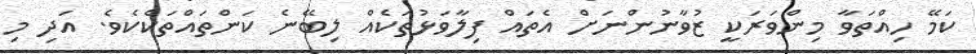
ކަމޭ ހިއްތަވާ މިންވަރަކީ ޒުވާނުންނަށް އެތައް ފިލާވަޅުތަކެއް ލިބޭނެ ކަންތައްތަކެކެވެ. އަދި މި